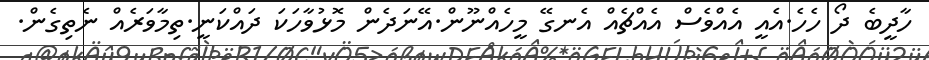
ހާދީބެ ދޯ ހެހެ.އެއީ އެއްވެސް އެއްޗެއް އެނގޭ މީހެއްނޫން.އޭނަދެން މޮޅުވާހަކަ ދައްކަނީ.ތިމާވަރެއް ނެތިގެން.